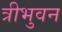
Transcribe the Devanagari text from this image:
त्रीभुवन